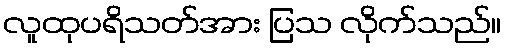
လူထုပရိသတ်အား ပြသ လိုက်သည်။